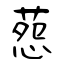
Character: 葾